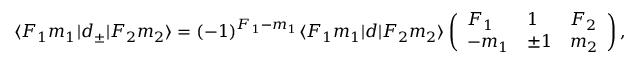
\langle F _ { 1 } m _ { 1 } | d _ { \pm } | F _ { 2 } m _ { 2 } \rangle = ( - 1 ) ^ { F _ { 1 } - m _ { 1 } } \langle F _ { 1 } m _ { 1 } | d | F _ { 2 } m _ { 2 } \rangle \left( \begin{array} { l l l } { F _ { 1 } } & { 1 } & { F _ { 2 } } \\ { - m _ { 1 } } & { \pm 1 } & { m _ { 2 } } \end{array} \right) ,